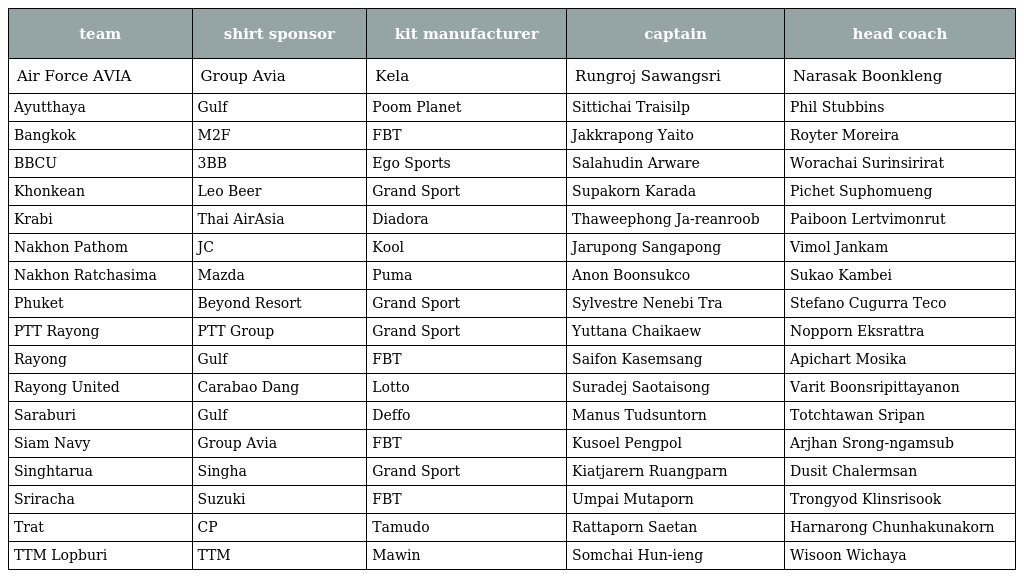
| team | shirt sponsor | kit manufacturer | captain | head coach |
 | --- | --- | --- | --- | --- |
 | Air Force AVIA | Group Avia | Kela | Rungroj Sawangsri | Narasak Boonkleng |
 | Ayutthaya | Gulf | Poom Planet | Sittichai Traisilp | Phil Stubbins |
 | Bangkok | M2F | FBT | Jakkrapong Yaito | Royter Moreira |
 | BBCU | 3BB | Ego Sports | Salahudin Arware | Worachai Surinsirirat |
 | Khonkean | Leo Beer | Grand Sport | Supakorn Karada | Pichet Suphomueng |
 | Krabi | Thai AirAsia | Diadora | Thaweephong Ja-reanroob | Paiboon Lertvimonrut |
 | Nakhon Pathom | JC | Kool | Jarupong Sangapong | Vimol Jankam |
 | Nakhon Ratchasima | Mazda | Puma | Anon Boonsukco | Sukao Kambei |
 | Phuket | Beyond Resort | Grand Sport | Sylvestre Nenebi Tra | Stefano Cugurra Teco |
 | PTT Rayong | PTT Group | Grand Sport | Yuttana Chaikaew | Nopporn Eksrattra |
 | Rayong | Gulf | FBT | Saifon Kasemsang | Apichart Mosika |
 | Rayong United | Carabao Dang | Lotto | Suradej Saotaisong | Varit Boonsripittayanon |
 | Saraburi | Gulf | Deffo | Manus Tudsuntorn | Totchtawan Sripan |
 | Siam Navy | Group Avia | FBT | Kusoel Pengpol | Arjhan Srong-ngamsub |
 | Singhtarua | Singha | Grand Sport | Kiatjarern Ruangparn | Dusit Chalermsan |
 | Sriracha | Suzuki | FBT | Umpai Mutaporn | Trongyod Klinsrisook |
 | Trat | CP | Tamudo | Rattaporn Saetan | Harnarong Chunhakunakorn |
 | TTM Lopburi | TTM | Mawin | Somchai Hun-ieng | Wisoon Wichaya |